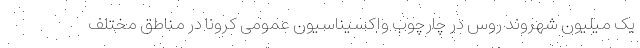
یک میلیون شهروند روس در چارچوب واکسیناسیون عمومی کرونا در مناطق مختلف